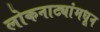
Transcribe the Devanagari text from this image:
लोकनाट्यांमधून